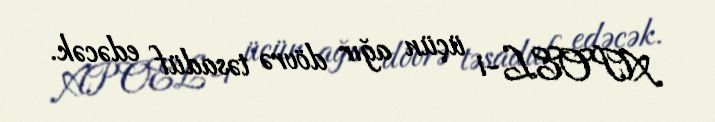
APOEL-i üçün ağır dövrə təsadüf edəcək.